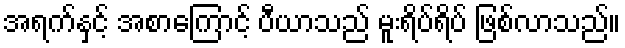
အရက်နှင့် အစာကြောင့် ပီယာသည် မူးရိပ်ရိပ် ဖြစ်လာသည်။